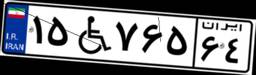
۳۶W۹۷۰۷۵